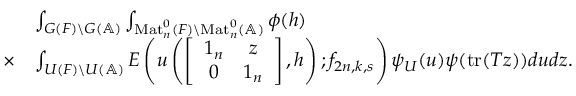
\begin{array} { r l } & { \int _ { G ( F ) \backslash G ( \mathbb { A } ) } \int _ { \mathrm { M a t } _ { n } ^ { 0 } ( F ) \backslash \mathrm { M a t } _ { n } ^ { 0 } ( \mathbb { A } ) } \phi ( h ) } \\ { \times } & { \int _ { U ( F ) \backslash U ( \mathbb { A } ) } E \left( u \left( \left[ \begin{array} { c c } { 1 _ { n } } & { z } \\ { 0 } & { 1 _ { n } } \end{array} \right] , h \right) ; f _ { 2 n , k , s } \right) \psi _ { U } ( u ) \psi ( \mathrm { t r } ( T z ) ) d u d z . } \end{array}